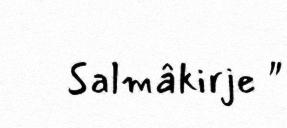
Salmâkirje "